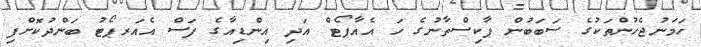
ހަމަނުޖެހުންތަކުގެ ސަބަބުން ޕާކިސްތާނުގެ ހަ އެއާޕޯޓް އަދި އިންޑިއާގެ ފަސް އެއަރޕޯޓު ބަންދުކޮށްފި